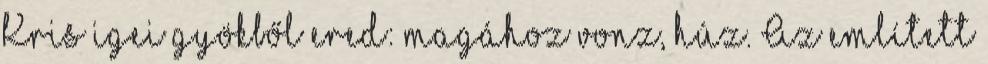
Kris igei gyökből ered: magához vonz, húz. Az említett